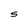
Character: S